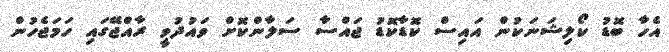
އެހާ ބޮޑު ކޯލިޝަނަކުން އައިސް ކޮޑާކޮޑު ޖައްސާ ސަލާންކޮށް ވައުދުވީ ރާއްޖޭގައި ހަމަޖެހުން